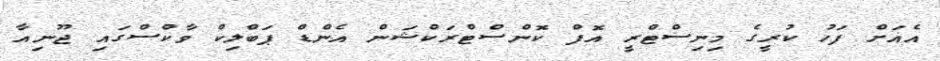
އެއަށް ފަހު ކުރީގެ މިނިސްޓްރީ އޮފް ކޮންސްޓްރަކްޝަން އެންޑް ޕަބްލިކް ވާކްސްގައި ޖޫނިއާ